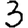
Digit: 3